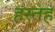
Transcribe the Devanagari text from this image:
हस्तह